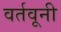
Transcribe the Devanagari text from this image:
वर्तवूनी